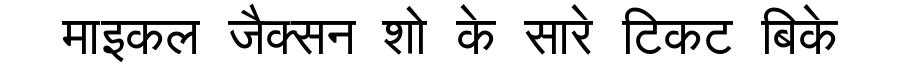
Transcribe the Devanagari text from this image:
माइकल जैक्सन शो के सारे टिकट बिके